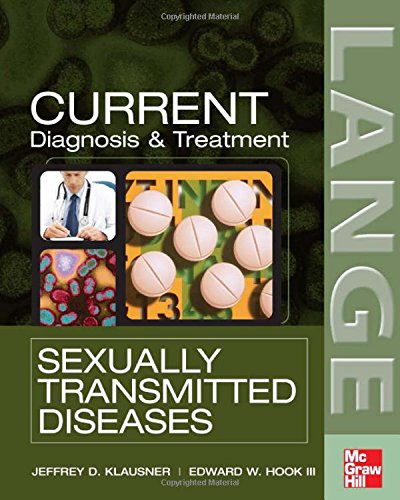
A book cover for CURRENT Diagnosis & Treatment of Sexually Transmitted Diseases (LANGE CURRENT Series); Jeffrey Klausner; Health, Fitness & Dieting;